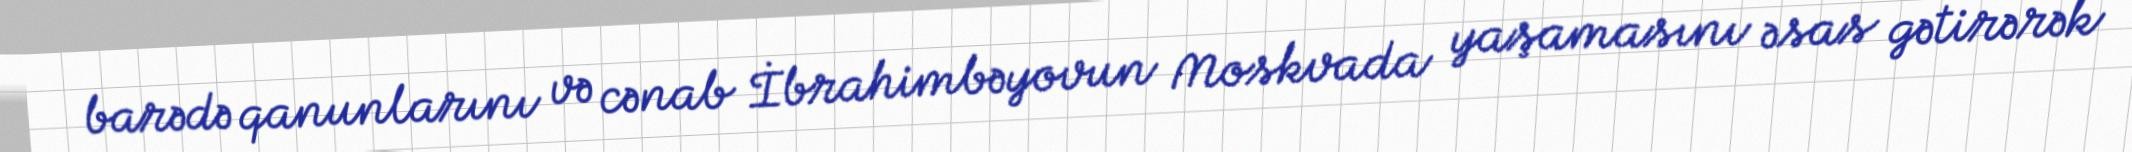
barədə qanunlarını və cənab İbrahimbəyovun Moskvada yaşamasını əsas gətirərək